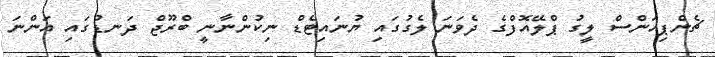
ޗެންޕިއަންސް ލީގު ޕްލޭއޮފްގެ ދެވަނަ ލެގުގައި ޔުނައިޓެޑް ނިކުންނާނީ ބްރޫޖް ދަނޑުގައި އަންނަ